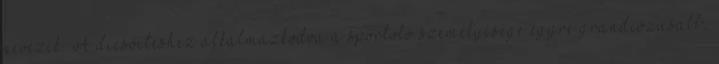
nevezik. A dicsőítéshez alkalmazkodva a sportoló személyisége egyre grandiózusabb,